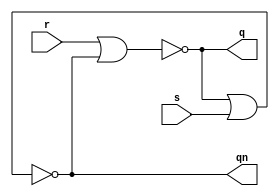
module sr_latch(
    q,qn,r,s
);

input r,s;

output q,qn;

nor nor1(q,r,qn);
nor nor2(qn,q,s);

endmodule